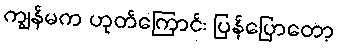
ကျွန်မက ဟုတ်ကြောင်း ပြန်ပြောတော့